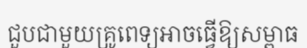
ជួបជាមួយគ្រូពេទ្យអាចធ្វើឱ្យសម្ពាធ